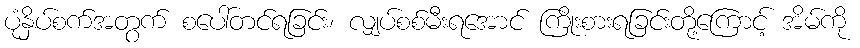
ပုံနှိပ်စက်အတွက် စပေါ်တင်ရခြင်း၊ လျှပ်စစ်မီးရအောင် ကြိုးစားရခြင်းတို့ကြောင့် အိမ်ကို